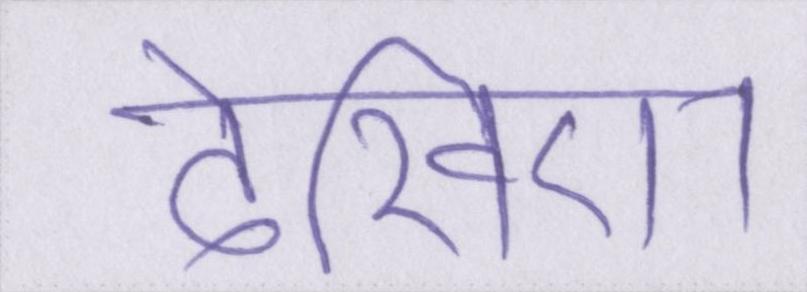
देखिए।